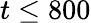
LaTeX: t\le 800